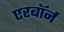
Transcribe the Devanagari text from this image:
एरबॉर्न